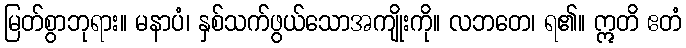
မြတ်စွာဘုရား။ မနာပံ၊ နှစ်သက်ဖွယ်သောအကျိုးကို။ လဘတေ၊ ရ၏။ ဣတိ ဧတံ